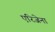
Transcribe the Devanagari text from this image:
एरिजेना